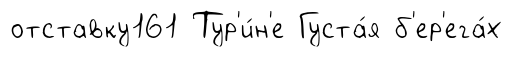
отставку161 Тур'и́н'е Густа́я б'ер'ега́х